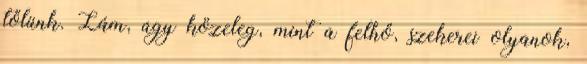
tőlünk. Lám, úgy közeleg, mint a felhő, szekerei olyanok,